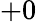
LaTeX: +0